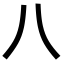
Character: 八